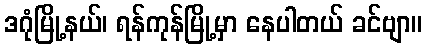
ဒဂုံမြို့နယ်၊ ရန်ကုန်မြို့မှာ နေပါတယ် ခင်ဗျာ။